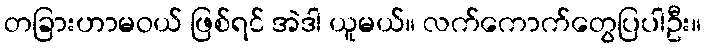
တခြားဟာမဝယ် ဖြစ်ရင် အဲဒါ ယူမယ်။ လက်ကောက်တွေပြပါဦး။